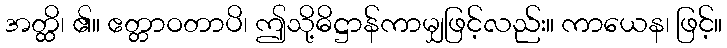
အတ္ထိ၊ ၏။ ဧတ္တာဝတာပိ၊ ဤသို့ဓိဋ္ဌာန်ကာမျှဖြင့်လည်း။ ကာယေန၊ ဖြင့်။